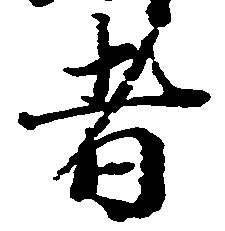
者